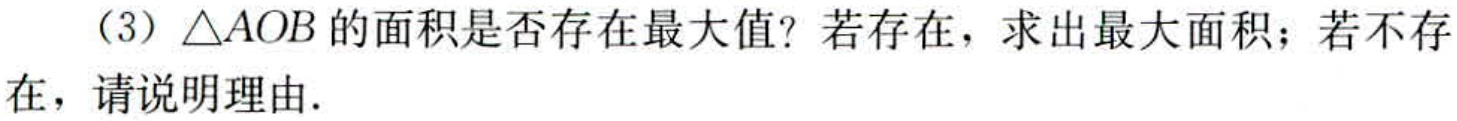
（3）\(\triangle AOB\)的面积是否存在最大值？若存在，求出最大面积；若不存在，请说明理由.